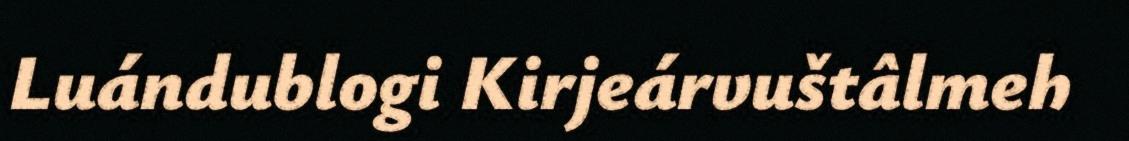
Luándublogi Kirjeárvuštâlmeh